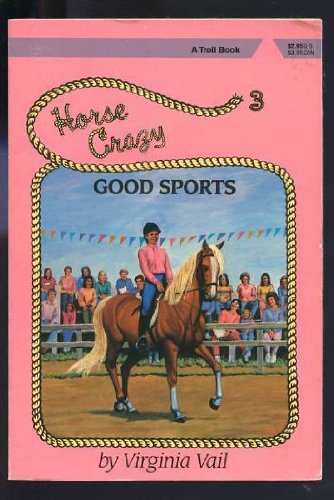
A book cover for Good Sports (Horse Crazy Series); Virginia Vail; Sports & Outdoors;